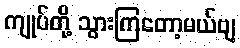
ကျုပ်တို့ သွားကြတော့မယ်ဗျ